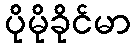
ပိုမိုခိုင်မာ